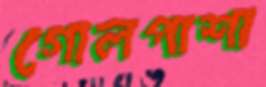
গোলপাশা